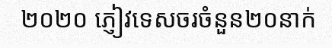
២០២០ ភ្ញៀវទេសចរចំនួន២០នាក់